Civil Veterinary Dept. Assam report 1927-50 - 1927-1950
Year: 1927
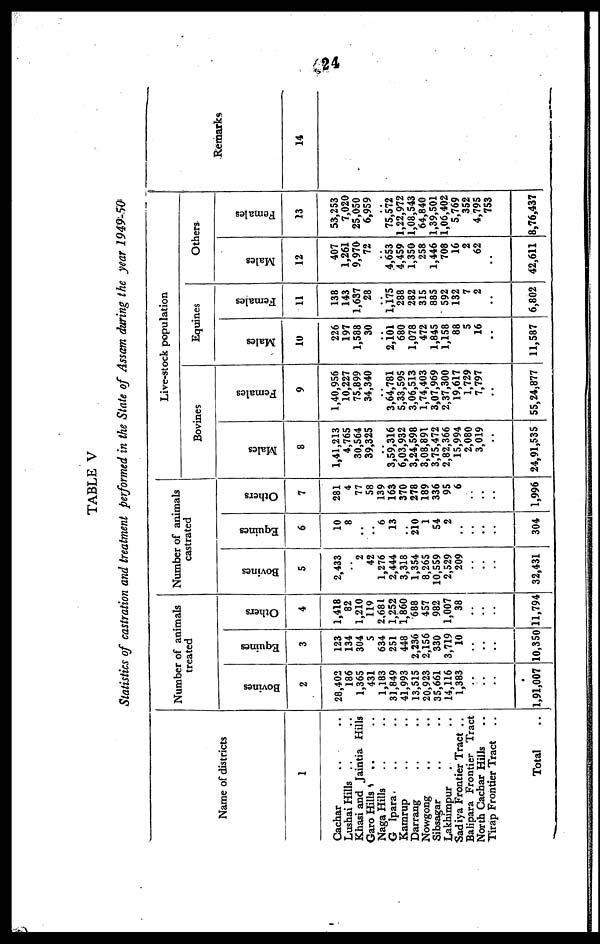
24
TABLE V
Statistics of castration and treatment performed in the State of Assam daring the year 1949-50
Name of districts
1
Cachar .. ..
Lushai Hills .. ..
Khasi and Jaintia Hills
Garo Hills
.. ..
Naga Hills .. ..
G lpara .. ..
Kamrup .. ..
Darrang .. ..
Nowgong .. ..
Sibsagar .. ..
Lakhimpur . ..
Sadiya Frontier Tract ..
Balipara Frontier Tract
North Cachar Hills ..
Tirap Frontier Tract ..
Total ..
Number of animals
treated
Bovines
2
28,402
186
1,365
431
1,183
31,849
41,993
13,515
20,923
35,661
14,116
1,383
..
..
..
1,91,007
Equines
3
123
134
304
5
634
251
448
2,236
2,156
330
3,719
10
..
..
..
10,350
Others
4
1,418
82
1,210
119
2,681
1,252
1,860
688
457
982
1,007
38
..
..
..
11,794
Number of animals
castrated
Bovines
5
2,433
..
2
42
1,276
2,444
3,318
1,354
8,265
10,559
2,529
209
..
..
..
32,431
Equines
6
10
8
..
..
6
13
..
210
1
54
2
..
..
..
..
304
Others
7
281
4
77
58
139
163
370
278
189
336
95
6
..
..
..
1,996
Live-stock population
Bovines
Males
8
1,41,213
4,765
30,564
39,325
..
3,59,316
6,03,932
3,24,598
3,08,891
3,75,472
2,82,366
15,994
2,080
3,019
..
24,91,535
Females
9
1,40,956
10,227
75,899
34,340
..
3,64,781
5,33,595
3,06,513
1,74,403
3,07,969
2,37,300
19,617
1,729
7,797
..
55,24,877
Equines
Males
10
226
197
1,588
30
..
2,101
680
1,078
472
1,845
1,158
88
5
16
..
11,587
Females
11
138
143
1,637
28
..
1,175
288
282
315
885
592
132
7
2
..
6,802
Others
Males
12
407
1,261
9,970
72
..
4,653
4,459
1,350
258
1,446
708
16
2
62
..
42,611
Females
13
53,253
7,020
25,050
6,959
..
75,572
1,22,972
1,08,543
64,840
1,39,501
1,06,402
5,769
352
4,795
753
8,76,437
Remarks
14